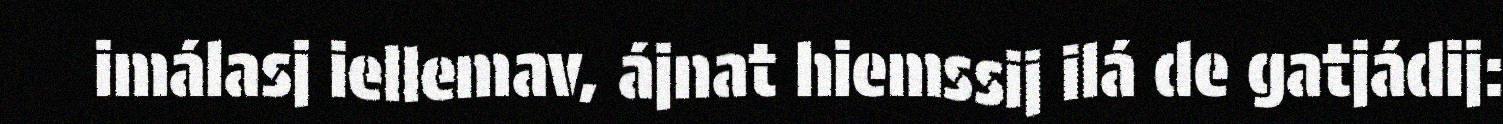
imálasj iellemav, ájnat hiemssij ilá de gatjádij: